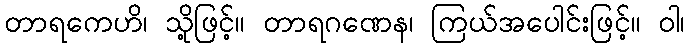
တာရကေဟိ၊ သို့ဖြင့်။ တာရဂဏေန၊ ကြယ်အပေါင်းဖြင့်။ ဝါ၊